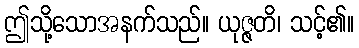
ဤသို့သောအနက်သည်။ ယုဇ္ဇတိ၊ သင့်၏။